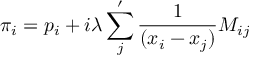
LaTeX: \pi _ { i } = p _ { i } + i \lambda \sum _ { j } ^ { \prime } { \frac { 1 } { ( x _ { i } - x _ { j } ) } } M _ { i j }